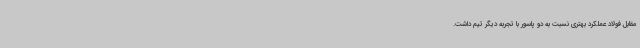
مقابل فولاد عملکرد بهتری نسبت به دو پاسور با تجربه دیگر تیم داشت.